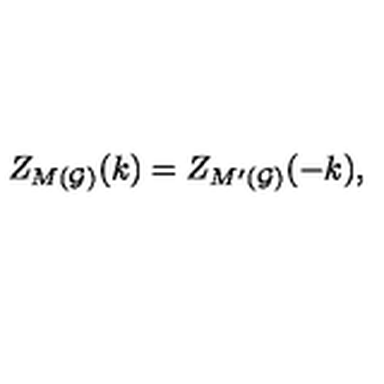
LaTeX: Z _ { M ( { \cal G ) } } ( k ) = Z _ { M ^ { \prime } ( { \cal G ) } } ( - k ) ,